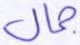
جمال